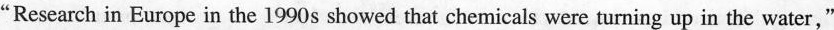
"Research in Europe in the 1990 s showed that chemicals were turning up in the water,"